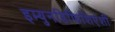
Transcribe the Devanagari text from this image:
इम्युनडिफिशिएंशी